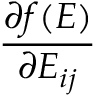
\frac { \partial f ( \boldsymbol { E } ) } { \partial E _ { i j } }